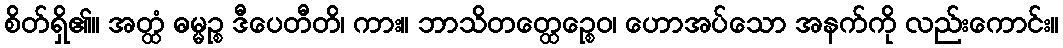
စိတ်ရှိ၏။ အတ္ထံ ဓမ္မဉ္စ ဒီပေတီတိ၊ ကား။ ဘာသိတတ္ထေဉ္စေဝ၊ ဟောအပ်သော အနက်ကို လည်းကောင်း။